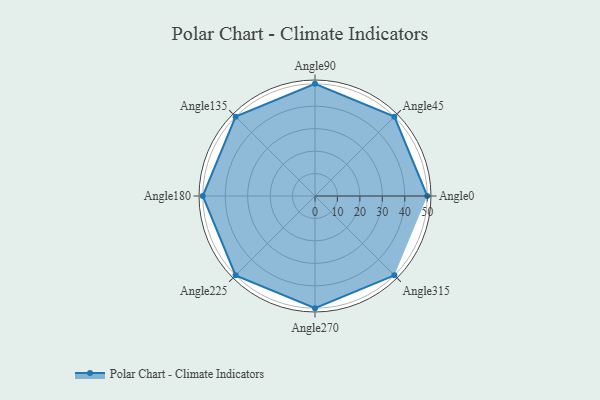
{"axis": {"x": "Angle", "y": "Radius"}, "legend": [""], "data": [{"x": "Angle0", "y": 50, "type": ""}, {"x": "Angle45", "y": 50, "type": ""}, {"x": "Angle90", "y": 50, "type": ""}, {"x": "Angle135", "y": 50, "type": ""}, {"x": "Angle180", "y": 50, "type": ""}, {"x": "Angle225", "y": 50, "type": ""}, {"x": "Angle270", "y": 50, "type": ""}, {"x": "Angle315", "y": 50, "type": ""}]}